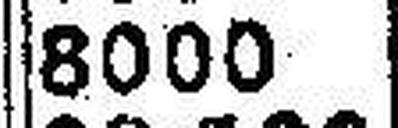
8000